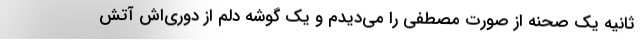
ثانیه یک صحنه از صورت مصطفی را می‌دیدم و یک گوشه دلم از دوری‌اش آتش